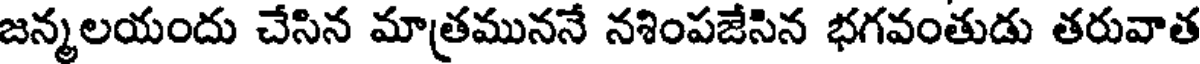
జన్మలయందు చేసిన మాత్రముననే నశింపజేసిన భగవంతుడు తరువాత